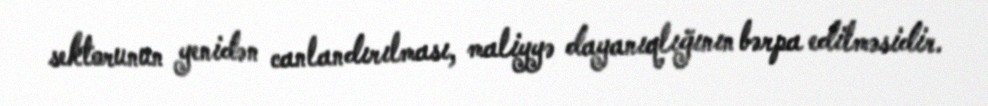
sektorunun yenidən canlandırılması, maliyyə dayanıqlığının bərpa edilməsidir.